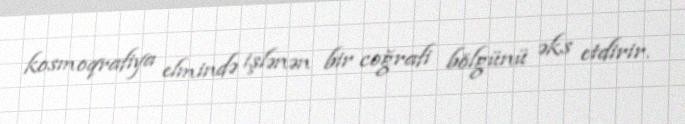
kosmoqrafiya elmində işlənən bir coğrafi bölgünü əks etdirir.